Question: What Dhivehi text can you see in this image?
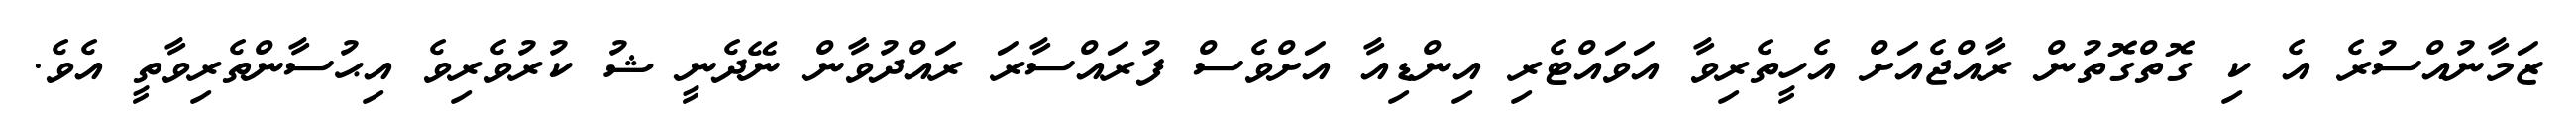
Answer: ޒަމާނުއްސުރެ އެ ކި ގޮތްގޮތުން ރާއްޖެއަށް އެހީތެރިވާ އަވައްޓެރި އިންޑިއާ އަށްވެސް ފުރައްސާރަ ރައްދުވާން ނޭދެނީ ޝު ކުރުވެރިވެ އިޙުސާންތެރިވާތީ އެވެ.